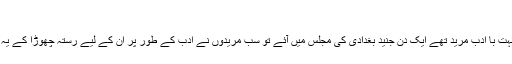
جنید بغدادی کا واقعہ:
ابو بکر شبلی ان کے بہت با ادب مرید تھے ایک دن جنید بغدادی کی مجلس میں آئے تو سب مریدوں نے ادب کے طور پر ان کے لیے رستہ چھوڑا کے یہ زیادہ بڑے مرید ہیں ۔